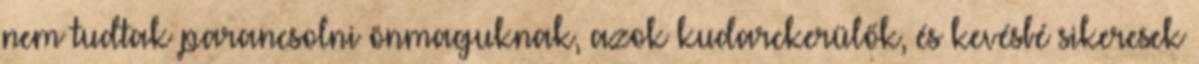
nem tudtak parancsolni önmaguknak, azok kudarckerülők, és kevésbé sikeresek